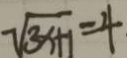
\sqrt { 3 x + 1 } = 4